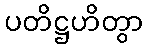
ပတိဋ္ဌဟိတွာ